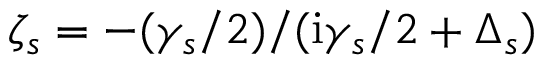
\zeta _ { s } = - ( \gamma _ { s } / 2 ) / ( \mathrm { i } \gamma _ { s } / 2 + \Delta _ { s } )